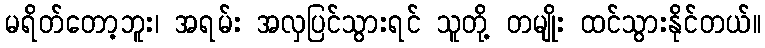
မရိတ်တော့ဘူး၊ အရမ်း အလှပြင်သွားရင် သူတို့ တမျိုး ထင်သွားနိုင်တယ်။